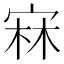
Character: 㝝